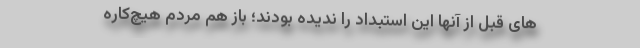
های قبل از آنها این استبداد را ندیده بودند؛‌ باز هم مردم هیچ‌کاره